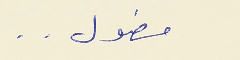
مطول . .